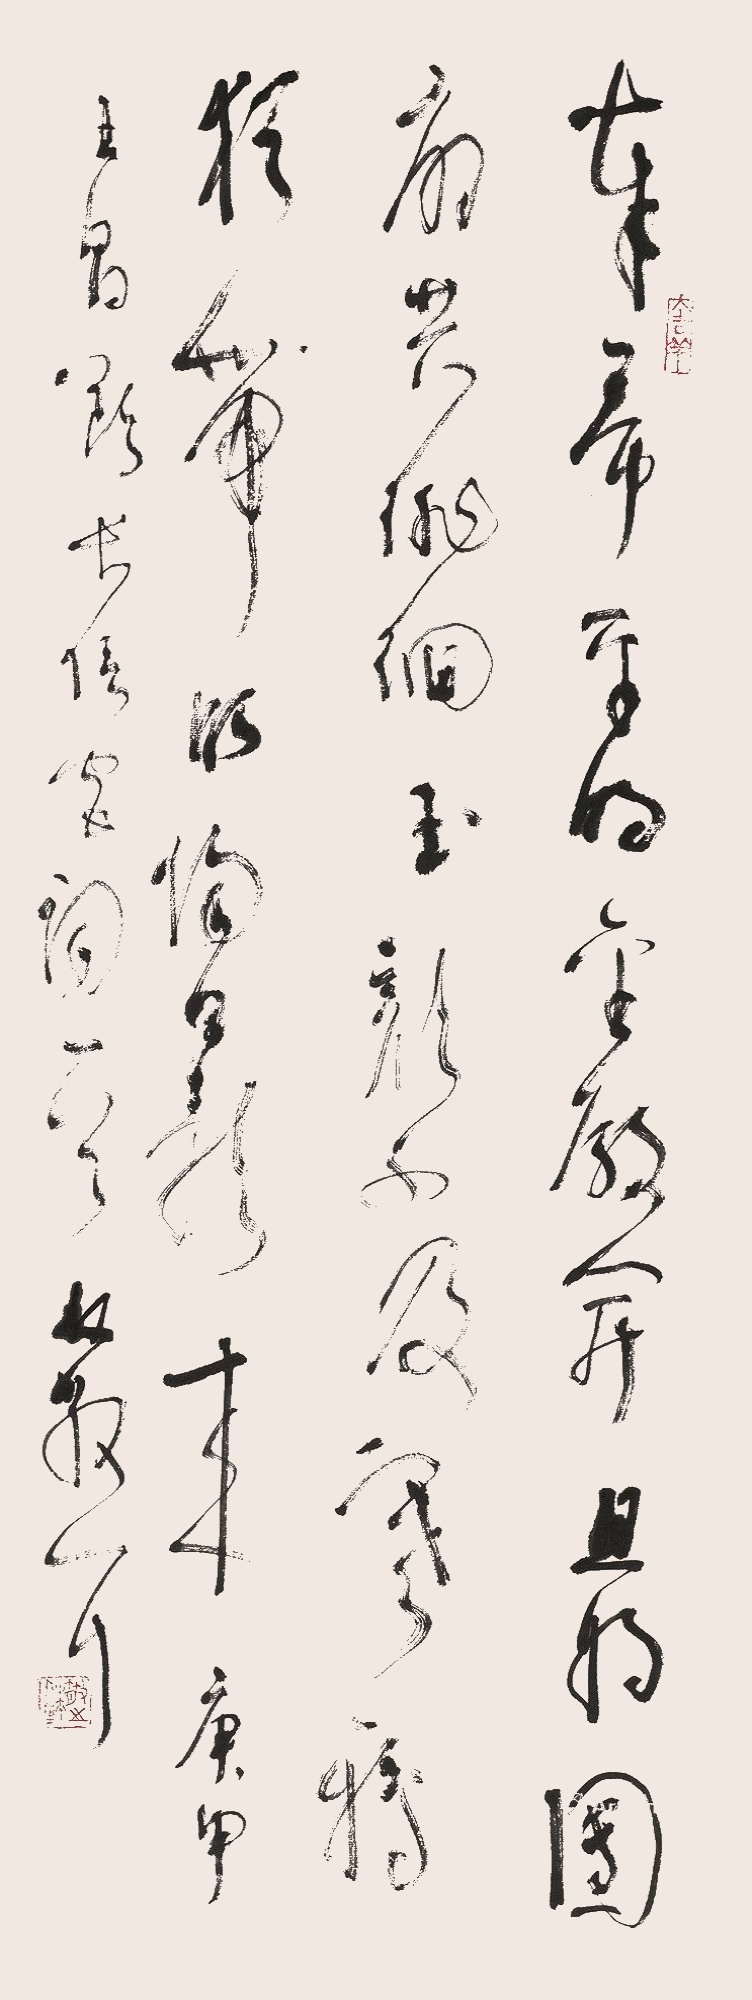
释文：奉扫平明金殿开，且将团扇共徘徊。玉颜不及寒鸦色，犹带昭阳日影来。庚申。王昌龄《长信宫词》一首，林散耳。